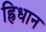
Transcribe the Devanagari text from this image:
ह्रिधान